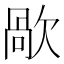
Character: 歄